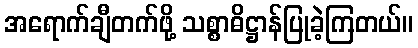
အရောက်ချီတက်ဖို့ သစ္စာဓိဋ္ဌာန်ပြုခဲ့ကြတယ်။